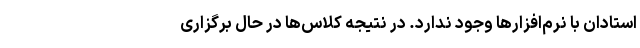
استادان با نرم‌افزارها وجود ندارد. در نتیجه کلاس‌ها در حال برگزاری